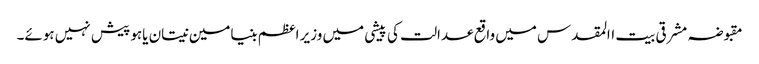
مقبوضہ مشرقی بیت االمقدس میں واقع عدالت کی پیشی میں وزیر اعظم بنیامین نیتان یاہو پیش نہیں ہوئے۔